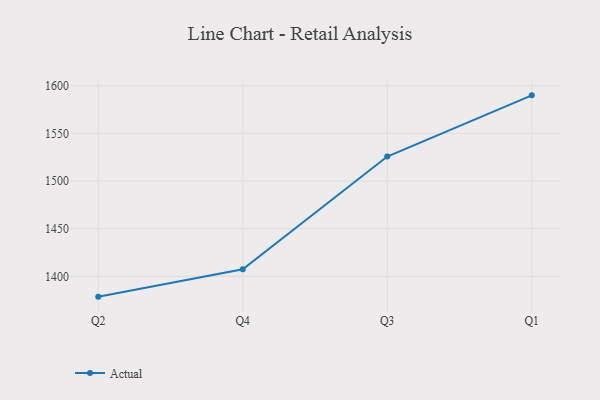
{"axis": {"x": "Quarter", "y": "Waste Production (Tons)"}, "legend": ["Actual"], "data": [{"x": "Q2", "y": 1378.7, "type": "Actual"}, {"x": "Q4", "y": 1407.4, "type": "Actual"}, {"x": "Q3", "y": 1525.7, "type": "Actual"}, {"x": "Q1", "y": 1589.9, "type": "Actual"}]}